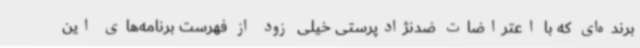
برنده‌ای که با اعتراضات ضدنژادپرستی خیلی زود از فهرست برنامه‌های این